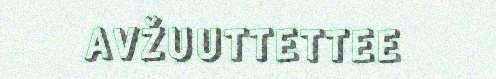
AVŽUUTTETTEE